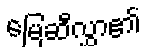
မြေဆီလွှာ၏